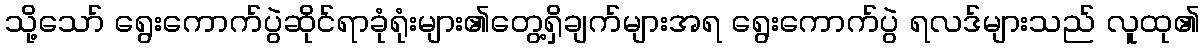
သို့သော် ရွေးကောက်ပွဲဆိုင်ရာခုံရုံးများ၏တွေ့ရှိချက်များအရ ရွေးကောက်ပွဲ ရလဒ်များသည် လူထု၏